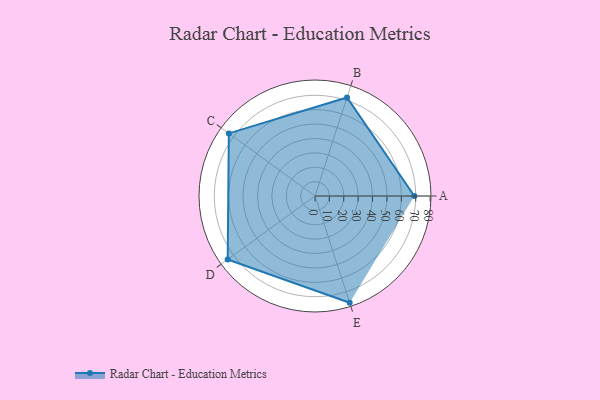
{"axis": {"x": "Skill", "y": "Score"}, "legend": ["Profile"], "data": [{"x": "A", "y": 69.0, "type": "Profile"}, {"x": "B", "y": 72.0, "type": "Profile"}, {"x": "C", "y": 74.0, "type": "Profile"}, {"x": "D", "y": 75.0, "type": "Profile"}, {"x": "E", "y": 78.0, "type": "Profile"}]}